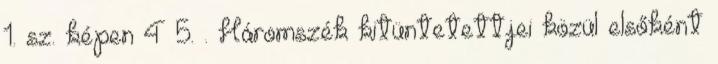
1. sz. képen 4–5. . Háromszék kitüntetettjei közül elsőként